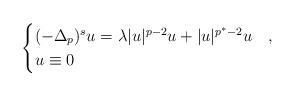
LaTeX: \begin{align*}\begin{cases}(-\Delta_p)^s u=\lambda |u|^{p-2}u+ |u|^{p^*-2}u&,\\u\equiv 0&\end{cases}\end{align*}